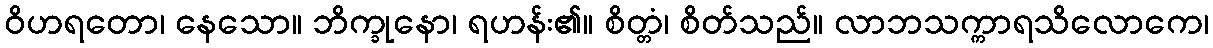
ဝိဟရတော၊ နေသော။ ဘိက္ခုနော၊ ရဟန်း၏။ စိတ္တံ၊ စိတ်သည်။ လာဘသက္ကာရသိလောကေ၊